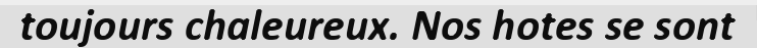
toujours chaleureux. Nos hotes se sont